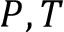
P , T